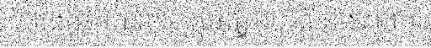
ហ៊ាង អភិបាលខេត្តមណ្ឌលគិរី និងលោក